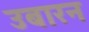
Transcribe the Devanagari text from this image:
उबारन